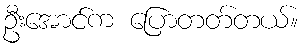
ဦးအောင်က ပြောတတ်တယ်။